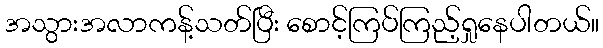
အသွားအလာကန့်သတ်ပြီး စောင့်ကြပ်ကြည့်ရှုနေပါတယ်။